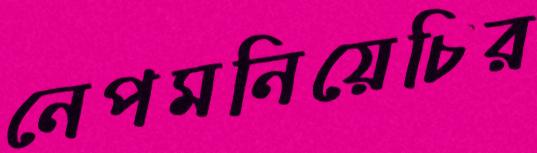
নেপমনিয়েচির